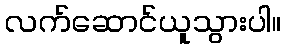
လက်ဆောင်ယူသွားပါ။